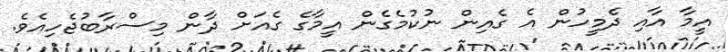
އީމާ އާއި ދެމީހުން އެ ގެއިން ނުކުމެގެން އީމާގެ ގެއަށް ދާން މިސްރާބުޖެހިއެވެ.